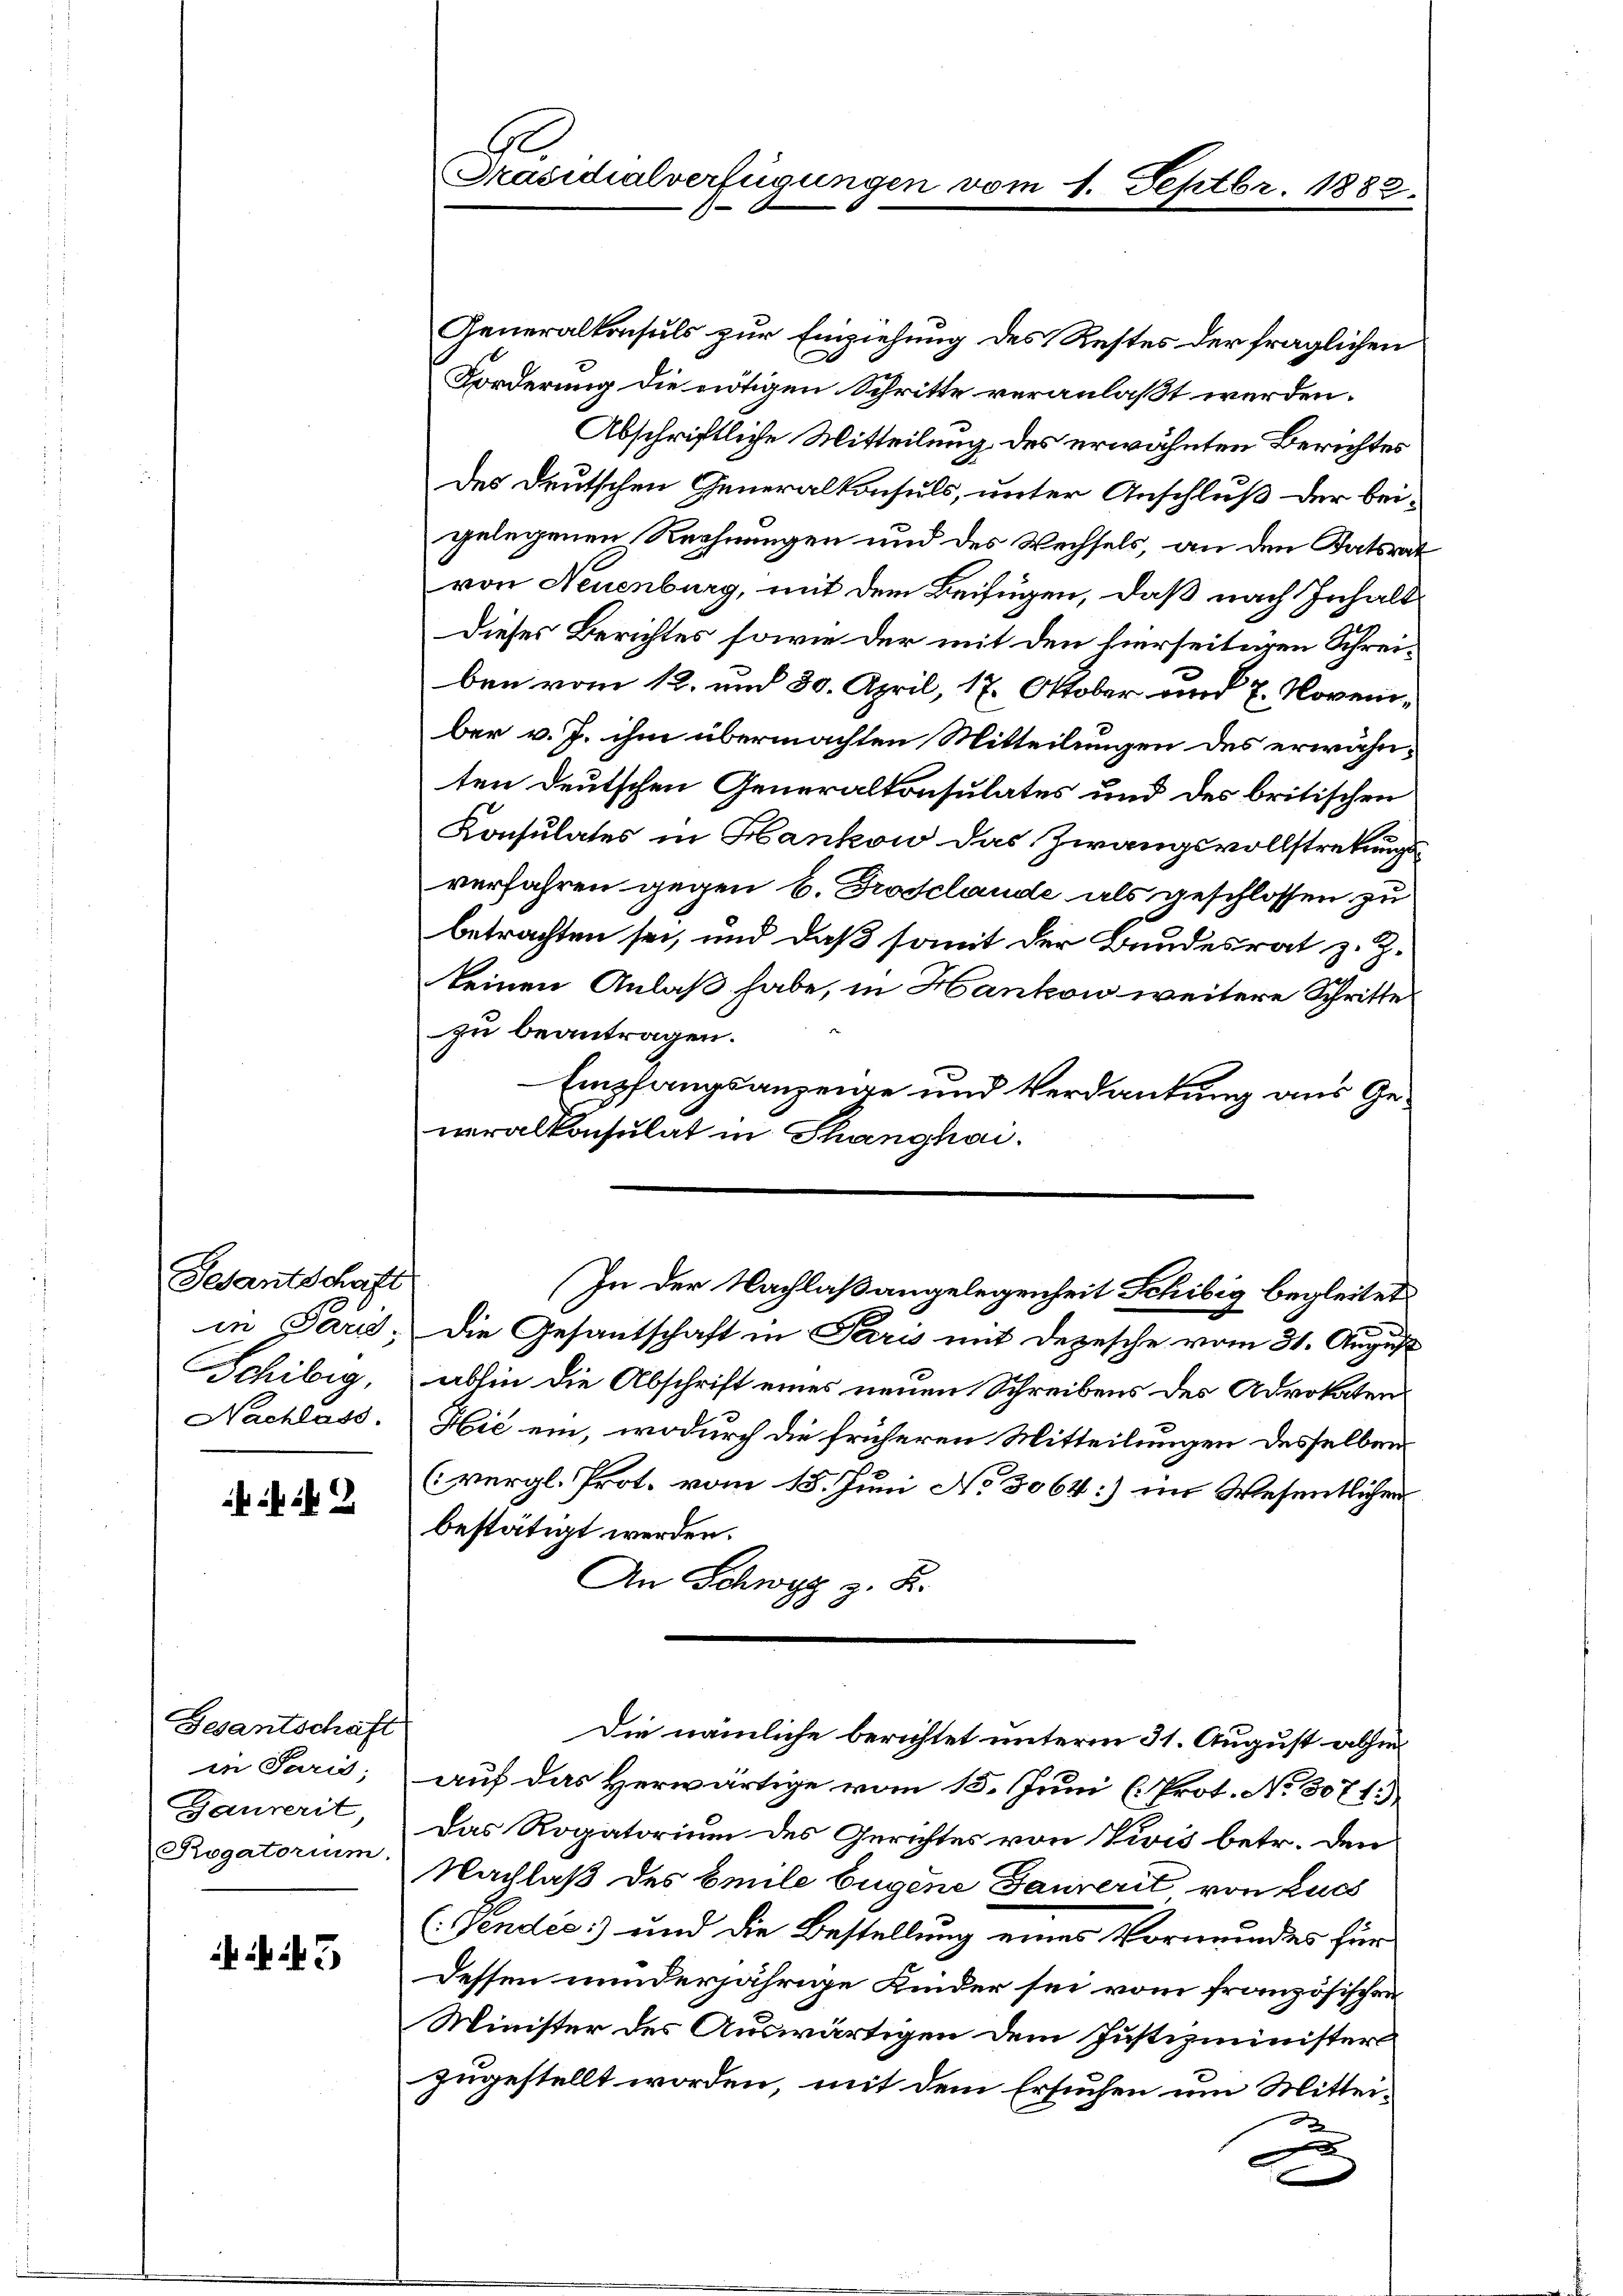
Gesantschaft
Schileg,

Gesantschaft
in Paris;
Gaurerit,
Rogatorium.

5

Generalkonsuls zur Einziehung des Restes der fraglichen
E
Forderung die nötigen Schritte veranlaßt werden.
Abschriftliche Mitteilung des erwähnten Berichtes
des deutschen Generalkonsuls, unter Anschluß der beigelegenen Rechnungen und des Wechsels, an den Statsrat
von Neuenburg, mit dem Beifügen, daß nach Inhalt
Dieses Berichtes sowie der mit den hierseitigen Schreiben vom 12. und 80. April, 17. Oktober und 7. November v. J. ihm übermachten Mitteilungen des erwähnten deutschen Generalkonsulates und des britischen
Konsulates in Hankow das Zwangsvollstretungsverfahren gegen 6. Frosclande als geschlossen zu
betrachten sei, und daß somit der Bundesrat z. Z.
keinen Anlaß habe, in Hankow weitere Schritte
zu beantragen.
Empfangsanzeige und Verdankung aus Gewralkonsulat in Schanghai.
In der Nachlaßangelegenheit Schibig begleitet
in Paris; die Gesantschaft in Paris mit Depesche vom 31. August
abhin die Abschrift eines neuen Schreibens des Advokaten.
Nachlass. Hić ein, wodurch die früheren Mitteilungen desselben
(vergl. Prot. vom 15. Juni No 3064] im Wesentlichen
bestätigt werden.
An Schwyz z. B.
d
Die nämliche berichtet unterm 31. August abhin
auf das Herwärtige vom 15. Juni (Prot. No. 5071.)
Das Rogatorium des Gerichtes von Zivis betr. den
Nachlaß des Emile Eugene Gaunerit von Zuch
Pendio) und die Bestellung eines Vormundes für
Dessen minderjährige Kinder sei vom französischen
Minister des Auswärtigen dem Justizministers
zugestellt worden, mit dem Ersuchen um Mitteid
|

Ae
Präsidialverfügungen vom 1. Septbr. 1882.